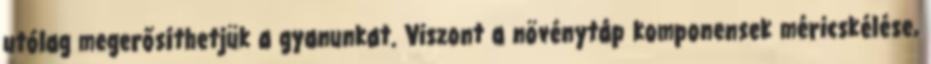
utólag megerősíthetjük a gyanunkat. Viszont a növénytáp komponensek méricskélése,